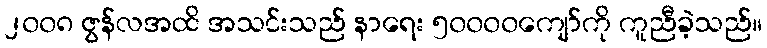
၂၀၀၈ ဇွန်လအထိ အသင်းသည် နာရေး ၅၀၀၀၀ကျော်ကို ကူညီခဲ့သည်။